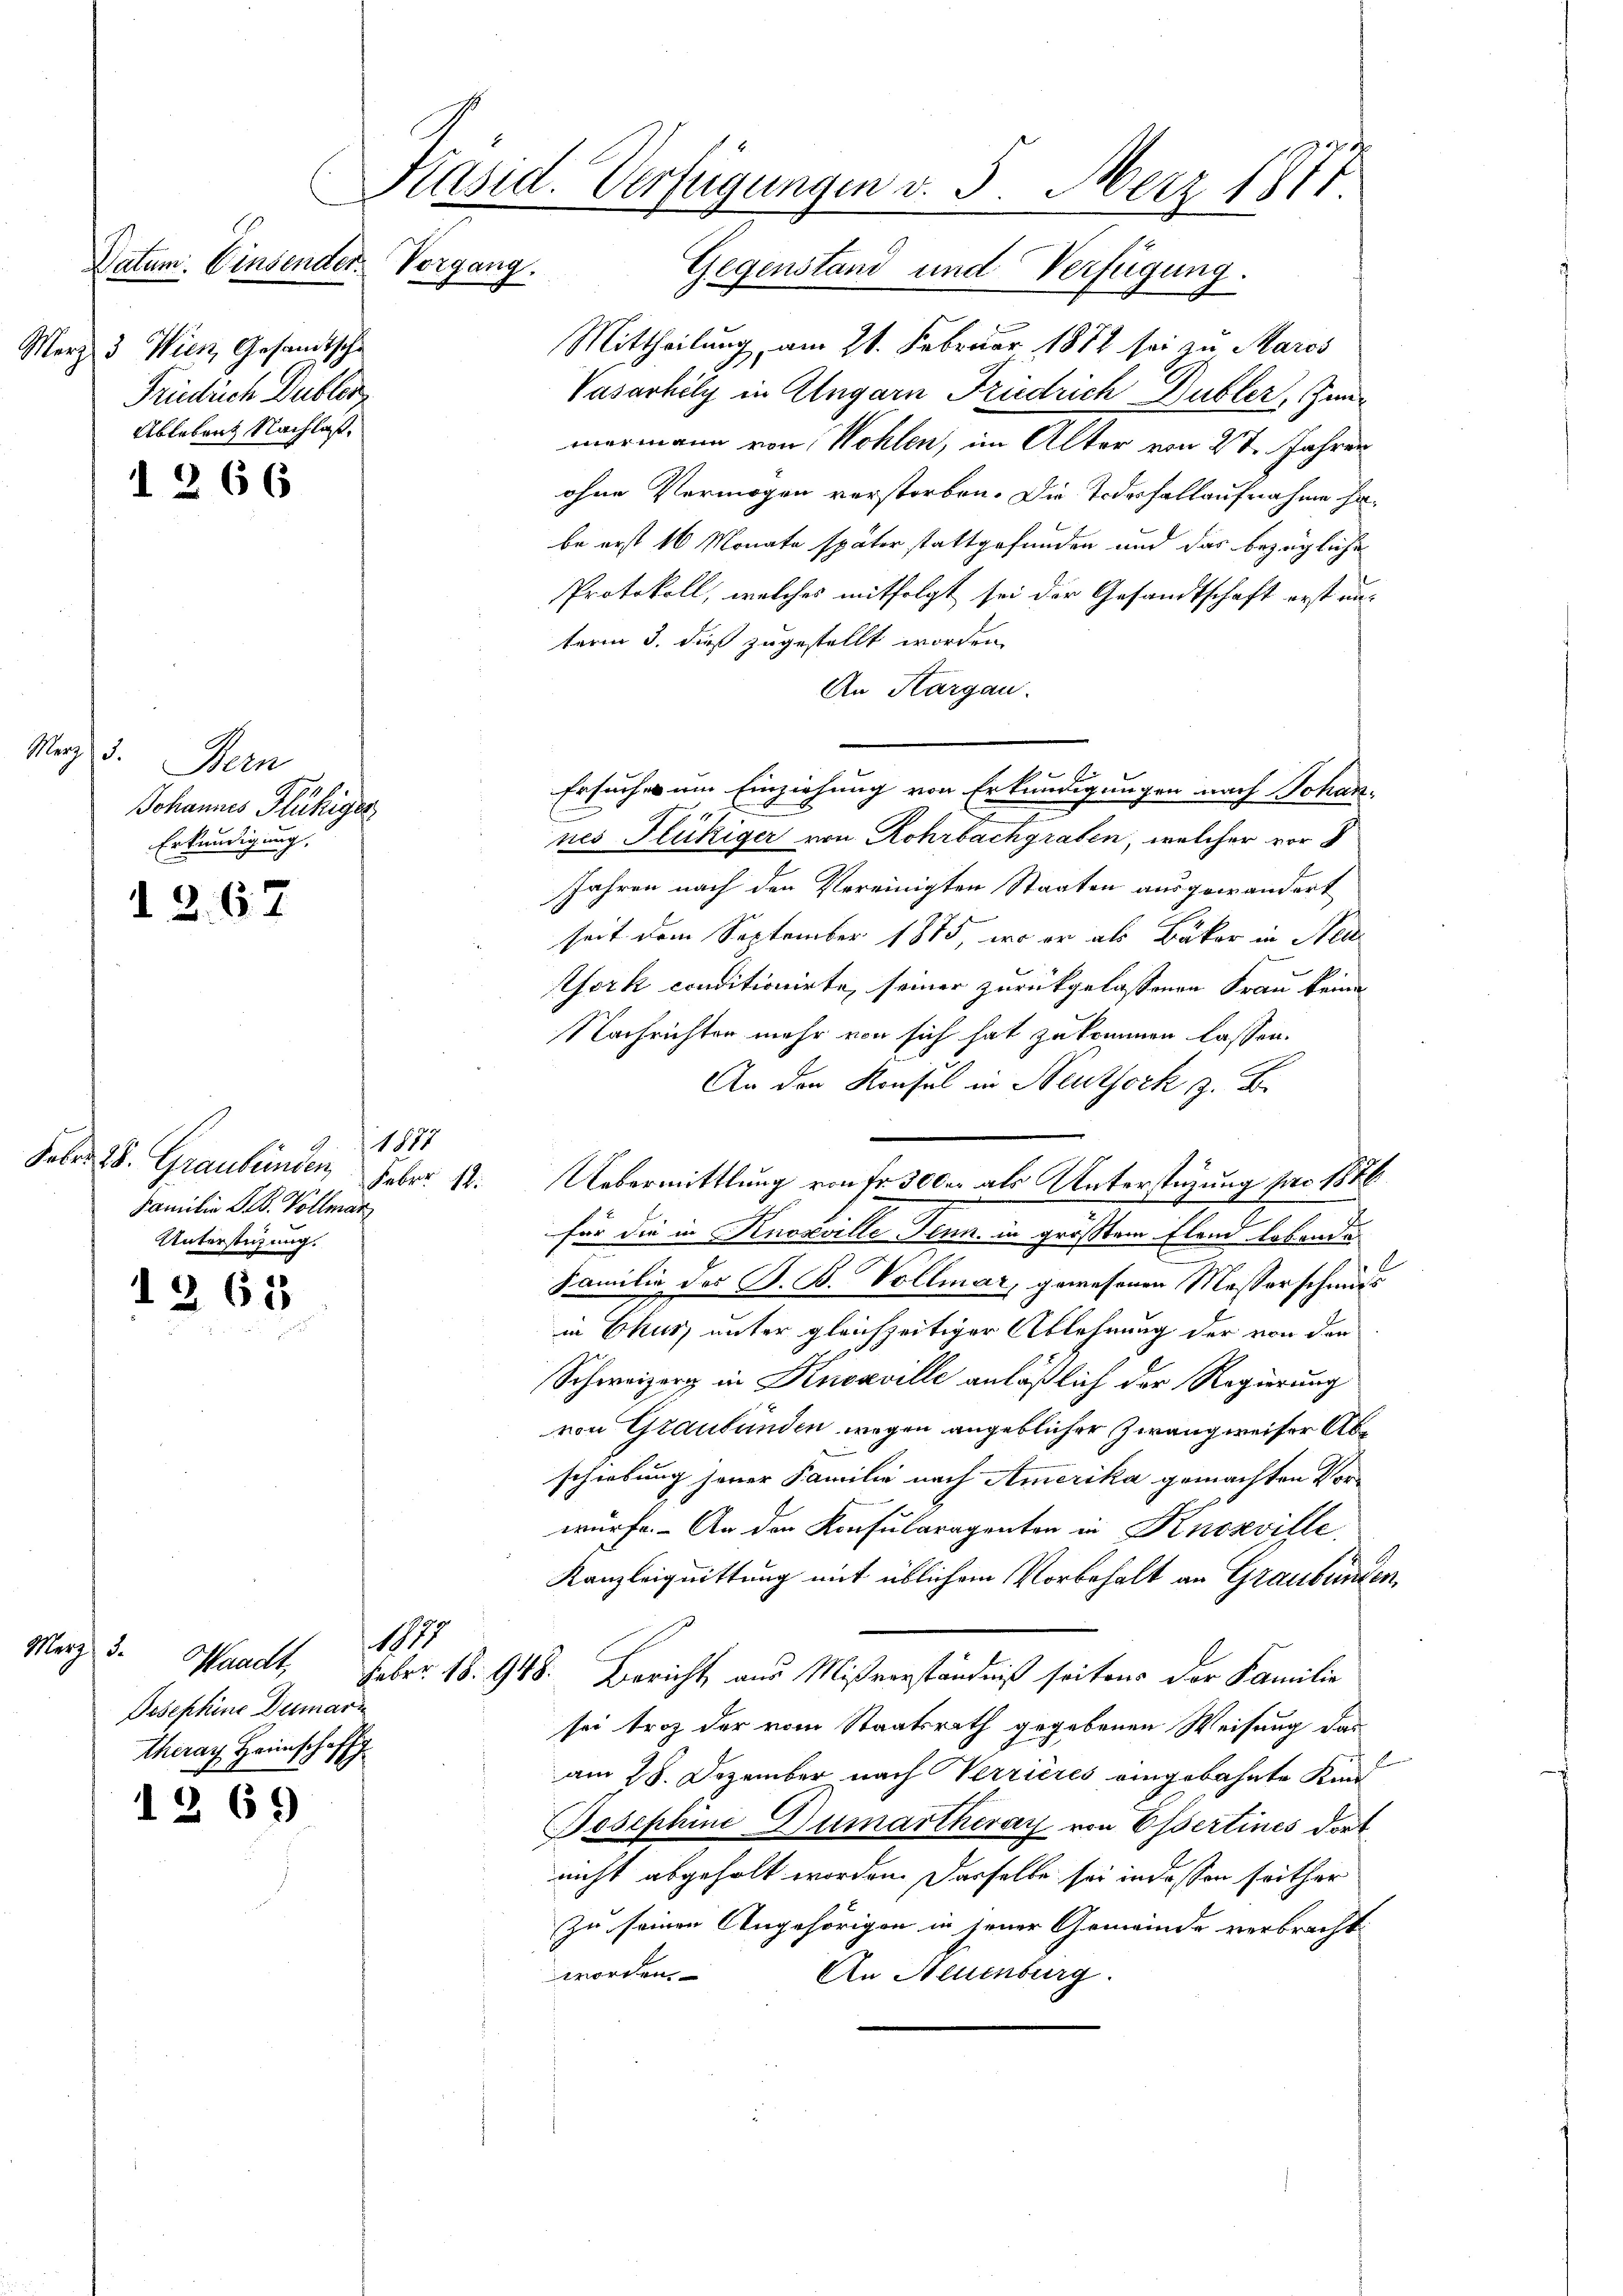
Merz 3. Wien, Gesandtsche
Frinlich Dubler
Ableben Nachlaß.

1

266

ags.
Bern
Johannes Flühriger
Erkundigung,

d. 267

1874
Febr. 18. Graubünden
Familie G. B. Vollman
Unterstüzung.

1265

Merz d.
Waadt,
Josephine Dumari
Therau Heimschaff

1269)

Präsid. Verfügungen v. 5. Merz 1871.

11

Datum. Einsender. Vorgang. Gegenstand und Verfügung.
Mittheilung, am 21. Februar 1872 sei zu Maros
Vasarhily in Angarn Friedrich Dubler, Zimmermann von Wohlen, im Alter von 27 Jahren
ohne Vermögen verstorben. Die Todesfall aufnahme habe erst 16 Monate später stattgefunden und das bezügliche
Protokoll, welches mitfolgt sei der Gesandtschaft erst un-
term 3. dieß zugestellt worden.
An Kargau.
Ersuche um Einziehung von Erkundigungen nach Johan-
E
nes Flückiger von Rohrbachgraben, welcher vor d
Jahren nach den Vereinigten Staaten ausgewandert
seit dem September 1875, wo er als Bäker in Neu
York conditionirte, seiner zurückgelassenen Frau keine
Nachrichter mehr von sich hat zukommen lassen.
An den Konsul in Neuthork z. B.
Feber 12. Uebermittlung von Fr. 300 er als Unterstüzung pro 1876.
für die in Knosville Tenn, in größtem Elend lobende
Familie des S. B. Vollmar, gewesenen Messerschmitt
in Chus, unter gleichzeitiger Ablehnung der von der
Schweizerg in Knosville anläßlich der Regierung
von Graubünden wegen angeblicher Zwang weiser Abschiebung jener Familie nach Amerika gemachten Vorwürfe. - An den Konsularagenten in Knoxville
Kanzleiquittung mit üblichem Vorbehalt an Graubünden,
Feber 18. 948. Bericht aus Mißverständniß seitens der Familie
sei trotz der vom Staatsrath gegebenen Weisung das
b
am 28. Dezember nach Verrières eingebahnte Kan-
Josephine Dumartheray von Essertines dort
nicht abgeholt worden. Dasselbe sei indessen seither
zu seinen Angehörigen in jener Gemeinde verbracht
worden.
An Neuenburg.